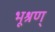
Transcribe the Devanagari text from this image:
भूश्रण्